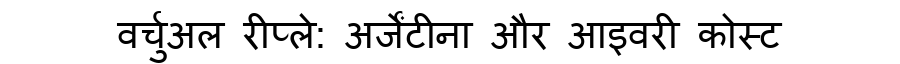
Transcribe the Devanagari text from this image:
वर्चुअल रीप्ले: अर्जेंटीना और आइवरी कोस्ट